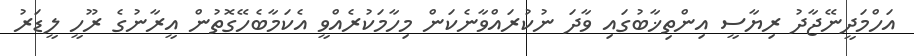
އަހްމަދީނޭޖާދު ރިޔާސީ އިންތިޚާބުގައި ވާދަ ނުކުރައްވާނެކަން މިހާމަކުރެއްވީ އެކަމާބެހޭގޮތުން އީރާނުގެ ރޫހީ ލީޑަރު